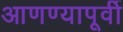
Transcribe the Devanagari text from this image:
आणण्यापूर्वी